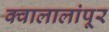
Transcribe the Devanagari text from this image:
क्वालालांपूर